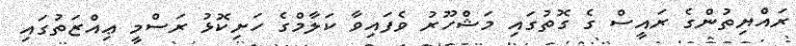
ރައްޔިތުންގެ ރައީސް ގެ ގޮތުގައި މަޝްހޫރު ވެފައިވާ ކަލާމްގެ ހަށިކޮޅު ރަސްމީ ޢިއްޒަތުގައި